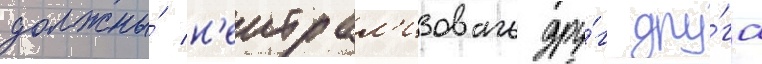
должны́ н'еитрал'изовать дру́г дру́га